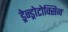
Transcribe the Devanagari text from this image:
ड्रेन्ड्रोटोक्सिन